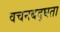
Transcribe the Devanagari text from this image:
वचनबद्घता